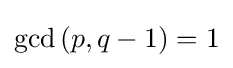
\gcd {(p,q-1)}=1